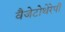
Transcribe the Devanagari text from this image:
वैजेटोथेरेपी